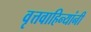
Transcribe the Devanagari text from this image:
वृत्तवाहिन्यांनी